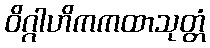
ဝိဂ္ဂါဟိကကထာသုတ္တံ